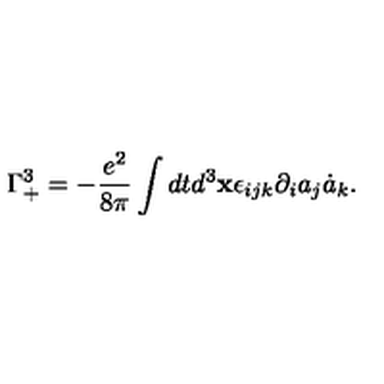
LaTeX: \Gamma _ { + } ^ { 3 } = - \frac { e ^ { 2 } } { 8 \pi } \int d t d ^ { 3 } { \bf x } \epsilon _ { i j k } \partial _ { i } a _ { j } \dot { a } _ { k } .